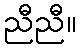
ညီညီ။